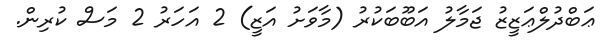
ޢަބްދުލްޢަޒީޒު ޖަމާލު އަބޫބަކުރު (މާވަށު އަޒީ) 2 އަހަރު 2 މަސް ކުރިން.